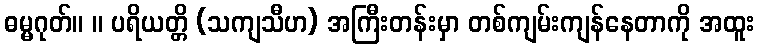
ဓမ္မဂုတ်။ ။ ပရိယတ္တိ (သကျသီဟ) အကြီးတန်းမှာ တစ်ကျမ်းကျန်နေတာကို အထူး